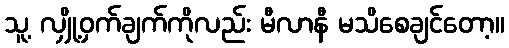
သူ့ လျှို့ဝှက်ချက်ကိုလည်း မီလာနီ မသိစေချင်တော့။